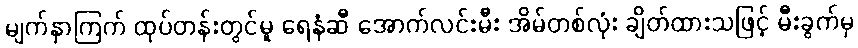
မျက်နှာကြက် ထုပ်တန်းတွင်မူ ရေနံဆီ အောက်လင်းမီး အိမ်တစ်လုံး ချိတ်ထားသဖြင့် မီးခွက်မှ